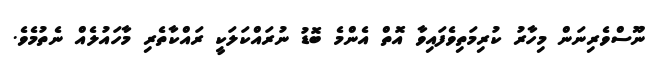
ނޫސްވެރިނަން މިހާރު ކުރިމަތިވެފައިވާ އޮތް އެންމެ ބޮޑު ނުރައްކަލަކީ ރައްކާތެރި މާހައުލެއް ނެތުމެވެ.